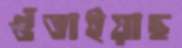
গুঁতাইয়াছ